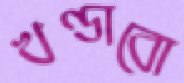
খণ্ডাবো